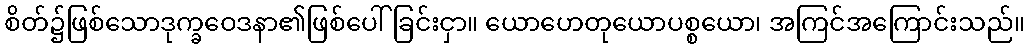
စိတ်၌ဖြစ်သောဒုက္ခဝေဒနာ၏ဖြစ်ပေါ်ခြင်းငှာ။ ယောဟေတုယောပစ္စယော၊ အကြင်အကြောင်းသည်။